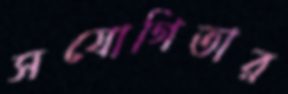
সযোগিতার